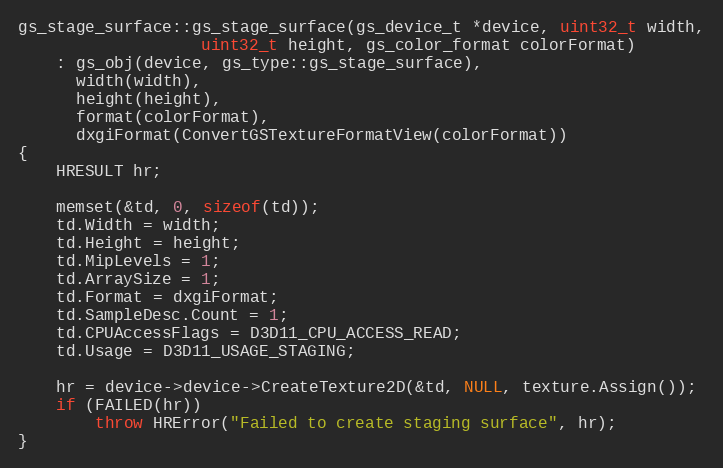
Language: C++
gs_stage_surface::gs_stage_surface(gs_device_t *device, uint32_t width,
				   uint32_t height, gs_color_format colorFormat)
	: gs_obj(device, gs_type::gs_stage_surface),
	  width(width),
	  height(height),
	  format(colorFormat),
	  dxgiFormat(ConvertGSTextureFormatView(colorFormat))
{
	HRESULT hr;

	memset(&td, 0, sizeof(td));
	td.Width = width;
	td.Height = height;
	td.MipLevels = 1;
	td.ArraySize = 1;
	td.Format = dxgiFormat;
	td.SampleDesc.Count = 1;
	td.CPUAccessFlags = D3D11_CPU_ACCESS_READ;
	td.Usage = D3D11_USAGE_STAGING;

	hr = device->device->CreateTexture2D(&td, NULL, texture.Assign());
	if (FAILED(hr))
		throw HRError("Failed to create staging surface", hr);
}